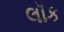
લૉક